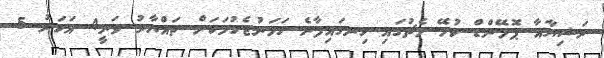
ރަޝިޔާއާ ޕޮލޭންޑް ކުޅޭ މެޗުގައި ހިނގައިފާނެ ހަމަނުޖެހުމަކަށް ތައްޔާރު ވަނީ4 އަހަރު 5